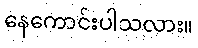
နေကောင်းပါသလား။